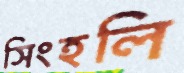
সিংহলি